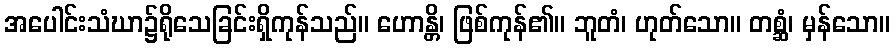
အပေါင်းသံဃာ၌ရိုသေခြင်းရှိကုန်သည်။ ဟောန္တိ၊ ဖြစ်ကုန်၏။ ဘူတံ၊ ဟုတ်သော။ တစ္ဆံ၊ မှန်သော။